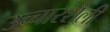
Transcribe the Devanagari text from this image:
उच्चारशैली